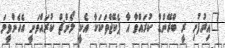
"އިރުފުށި ރީ ބްރޭންޑް ކުރައްވާ އާ ޕެކޭޖްތަކަކާ އެކީ ލޯންޗް ކުރައްވަނީ އެހެންވީމަ